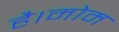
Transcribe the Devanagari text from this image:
है।मोम